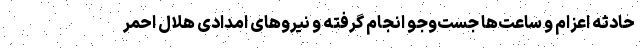
حادثه اعزام و ساعت‌ها جست‌وجو انجام گرفته و نیروهای امدادی هلال ‌احمر